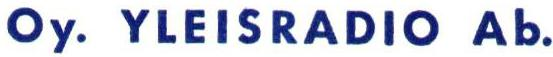
Oy. YLEISRADIO Ab.